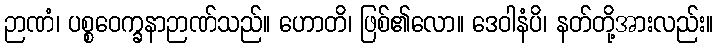
ဉာဏံ၊ ပစ္စဝေက္ခနာဉာဏ်သည်။ ဟောတိ၊ ဖြစ်၏လော။ ဒေဝါနံပိ၊ နတ်တို့အားလည်း။